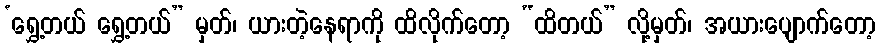
‘ရွှေ့တယ် ရွှေ့တယ်” မှတ်၊ ယားတဲ့နေရာကို ထိလိုက်တော့ “ထိတယ်” လို့မှတ်၊ အယားပျောက်တော့